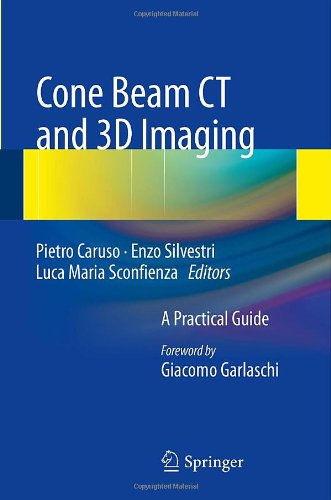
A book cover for Cone Beam CT and 3D imaging: A Practical Guide; Medical Books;